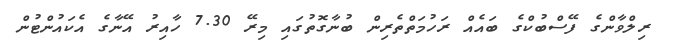
ރިލްވާންގެ ފޭސްބުކްގެ ބައެއް ރަހުމަތްތެރިން ބުނާގޮތުގައި މިރޭ 7.30 ހާއިރު އޭނާގެ އެކައުންޓުން